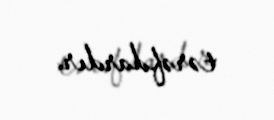
tərəfdardır.